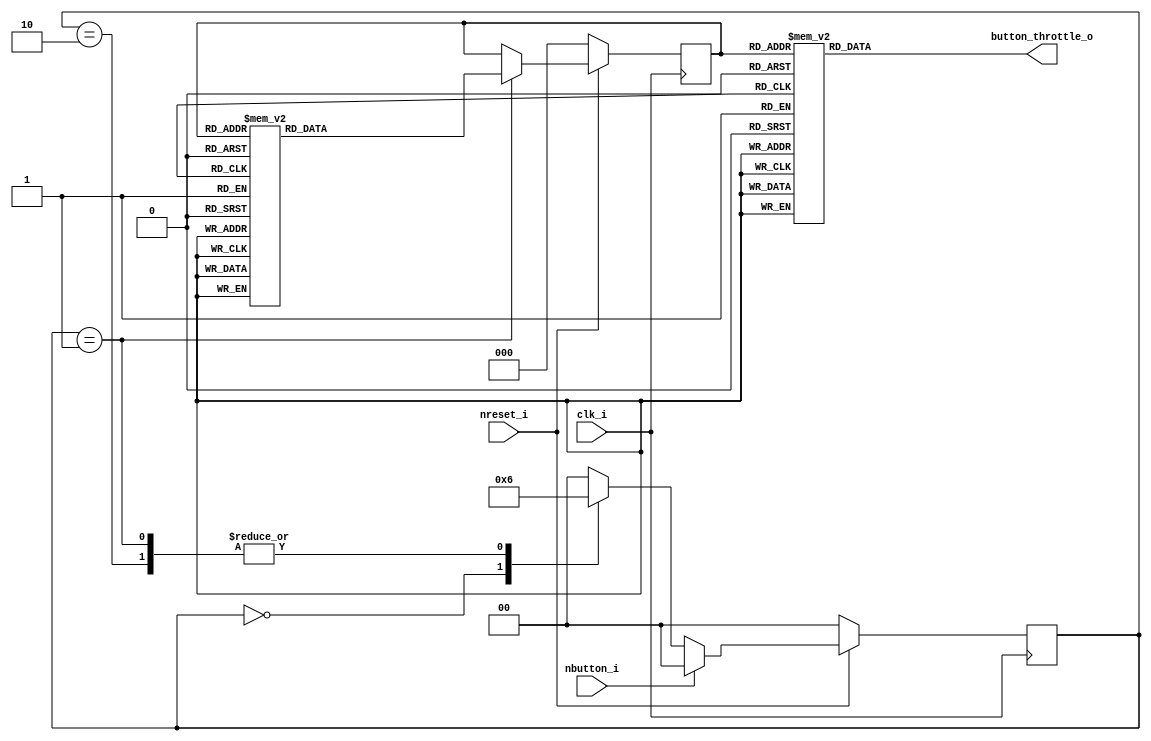
module ButtonThrottle(
    input clk_i,
    input nreset_i,

    input nbutton_i,
    output reg [15:0] button_throttle_o
    );

    reg [2:0] level;
    reg [1:0] button_state;

    always @(posedge clk_i) begin
        if (~nreset_i) level <= 3'b0;
        else if (button_state == 2'b01)
        case(level)
            3'd0: level <= 3'd1;
            3'd1: level <= 3'd2;
            3'd2: level <= 3'd3;
            3'd3: level <= 3'd4;
            3'd4: level <= 3'd5;
            3'd5: level <= 3'd6;
            3'd6: level <= 3'd7;
            3'd7: level <= 3'd0;
        endcase
        else level <= level;
    end

    always @(posedge clk_i) begin
        if (~nreset_i) button_state <= 2'b0;
        else if (~nbutton_i) case(button_state) 
            2'b00: button_state <= 2'b01;
            2'b01: button_state <= 2'b10;
            2'b10: button_state <= 2'b10;
            default: button_state <= 2'b00;
        endcase
        else button_state <= 2'b00;
    end

    always @(*) case(level)
        3'd0: button_throttle_o = 16'd0;
        3'd1: button_throttle_o = 16'd3857;
        3'd2: button_throttle_o = 16'd7714;
        3'd3: button_throttle_o = 16'd11571;
        3'd4: button_throttle_o = 16'd15428;
        3'd5: button_throttle_o = 16'd19285; 
        3'd6: button_throttle_o = 16'd23142;
        3'd7: button_throttle_o = 16'd27000;
    endcase

endmodule